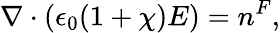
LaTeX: \nabla\cdot(\epsilon_{0}(1+\chi)E)=n^{F},